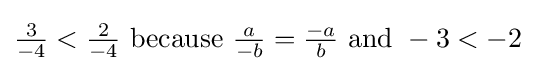
{\tfrac {3}{-4}}<{\tfrac {2}{-4}}{\text{ because }}{\tfrac {a}{-b}}={\tfrac {-a}{b}}{\text{ and }}-3<-2